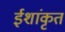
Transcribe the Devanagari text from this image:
ईशांकृत